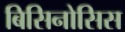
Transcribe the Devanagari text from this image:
बिसिनोसिस